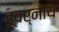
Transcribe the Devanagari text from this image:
डूवर्नोय